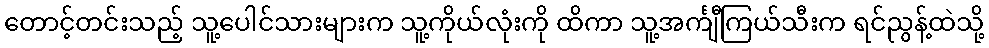
တောင့်တင်းသည့် သူ့ပေါင်သားများက သူ့ကိုယ်လုံးကို ထိကာ သူ့အင်္ကျီကြယ်သီးက ရင်ညွန့်ထဲသို့